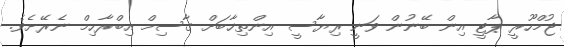
ޖުމްހޫރީ ޕާޓީ އިން ބޭނުން ވަނީ ރިޔާސީ އިންތިޚާބަށް ގާސިމް އިބްރާހިމް ނެރޭށެވެ.